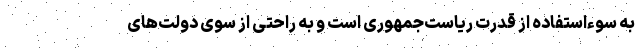
به سوءاستفاده از قدرت ریاست‌جمهوری است و به راحتی از سوی دولت‌های